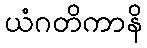
ယံဂတိကာနိ